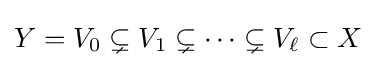
Y=V_{0}\subsetneq V_{1}\subsetneq \cdots \subsetneq V_{\ell }\subset X